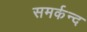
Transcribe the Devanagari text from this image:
समर्कन्द